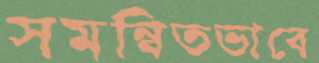
সমন্বিতভাবে